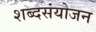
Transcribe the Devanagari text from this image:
शब्दसंयोजन